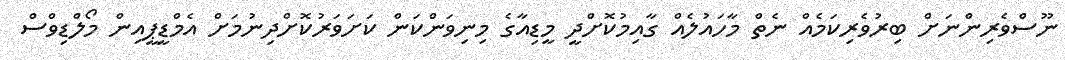
ނޫސްވެރިންނަށް ބިރުވެރިކަމެއް ނެތް މާހައުލެއް ގާއިމުކޮށްދީ މީޑިއާގެ މިނިވަންކަން ކަށަވަރުކޮށްދިނުމަށް އެމްޑީޕީއިން މޯލްޑިވްސް